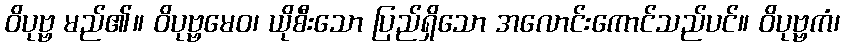
ဝိပုဗ္ဗ မည်၏။ ဝိပုဗ္ဗမေဝ၊ ယိုစီးသော ပြည်ရှိသော အလောင်းကောင်သည်ပင်။ ဝိပုဗ္ဗကံ၊